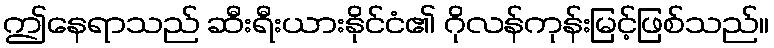
ဤနေရာသည် ဆီးရီးယားနိုင်ငံ၏ ဂိုလန်ကုန်းမြင့်ဖြစ်သည်။